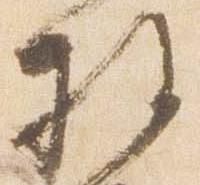
権